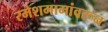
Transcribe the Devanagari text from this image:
रमेशमामांवरून